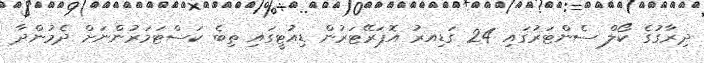
ދިރާގުގެ ކޯލް ސެންޓަރުގައި 24 ގަޑިއރު އޮޕަރޭޓަރުން ޑިއުޓީގައި ތިބެ ކަސްޓަމަރުންނަށް ދެމުންދާ